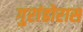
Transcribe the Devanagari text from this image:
गुरांढोरास